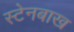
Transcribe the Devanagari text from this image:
स्टेनबाख